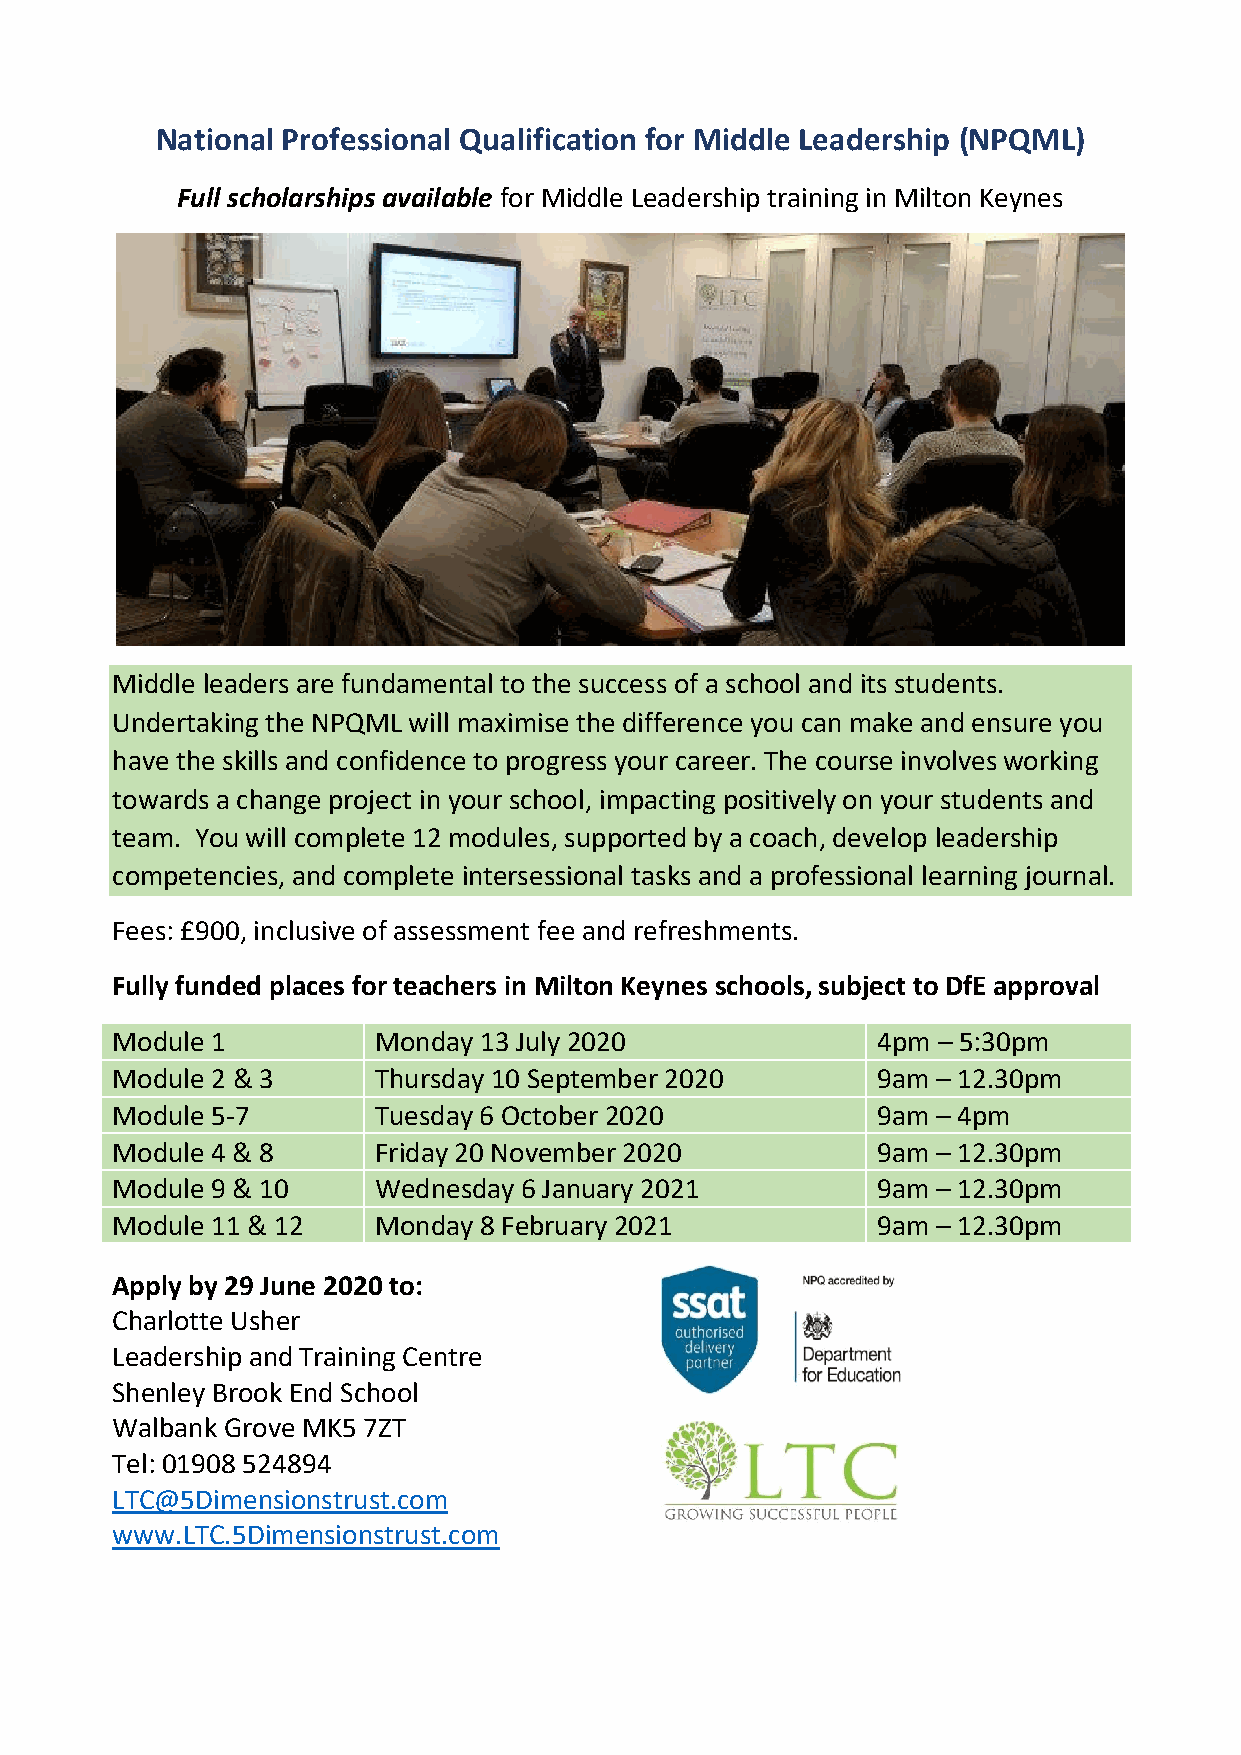
National Professional Qualification for Middle Leadership (NPQML)
 Full scholarships available for Middle Leadership training in Milton Keynes
 Middle leaders are fundamental to the success of a school and its students.
 Undertaking the NPQML will maximise the difference you can make and ensure you
 have the skills and confidence to progress your career. The course involves working
 towards a change project in your school, impacting positively on your students and
 team. You will complete 12 modules, supported by a coach, develop leadership
 competencies, and complete intersessional tasks and a professional learning journal.
 Fees: £900, inclusive of assessment fee and refreshments.
 Fully funded places for teachers in Milton Keynes schools, subject to DfE approval
 Module 1          Monday 13 July 2020              4pm – 5:30pm
 Module 2 & 3      Thursday 10 September 2020       9am – 12.30pm
 Module 5-7        Tuesday 6 October 2020           9am – 4pm
 Module 4 & 8      Friday 20 November 2020          9am – 12.30pm
 Module 9 & 10     Wednesday 6 January 2021         9am – 12.30pm
 Module 11 & 12    Monday 8 February 2021           9am – 12.30pm
 Apply by 29 June 2020 to:
 Charlotte Usher
 Leadership and Training Centre
 Shenley Brook End School
 Walbank Grove MK5 7ZT
 Tel: 01908 524894
 LTC@5Dimensionstrust.com
 www.LTC.5Dimensionstrust.com